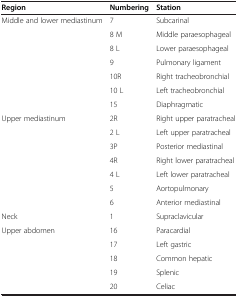
<table><thead><tr><td><b>Region</b></td><td><b>Numbering</b></td><td><b>Station</b></td></tr></thead><tbody><tr><td>Middle and lower mediastinum</td><td>7</td><td>Subcarinal</td></tr><tr><td> </td><td>8 M</td><td>Middle paraesophageal</td></tr><tr><td> </td><td>8 L</td><td>Lower paraesophageal</td></tr><tr><td> </td><td>9</td><td>Pulmonary ligament</td></tr><tr><td> </td><td>10R</td><td>Right tracheobronchial</td></tr><tr><td> </td><td>10 L</td><td>Left tracheobronchial</td></tr><tr><td> </td><td>15</td><td>Diaphragmatic</td></tr><tr><td>Upper mediastinum</td><td>2R</td><td>Right upper paratracheal</td></tr><tr><td> </td><td>2 L</td><td>Left upper paratracheal</td></tr><tr><td> </td><td>3P</td><td>Posterior mediastinal</td></tr><tr><td> </td><td>4R</td><td>Right lower paratracheal</td></tr><tr><td> </td><td>4 L</td><td>Left lower paratracheal</td></tr><tr><td> </td><td>5</td><td>Aortopulmonary</td></tr><tr><td> </td><td>6</td><td>Anterior mediastinal</td></tr><tr><td>Neck</td><td>1</td><td>Supraclavicular</td></tr><tr><td>Upper abdomen</td><td>16</td><td>Paracardial</td></tr><tr><td> </td><td>17</td><td>Left gastric</td></tr><tr><td> </td><td>18</td><td>Common hepatic</td></tr><tr><td> </td><td>19</td><td>Splenic</td></tr><tr><td> </td><td>20</td><td>Celiac</td></tr></tbody></table>